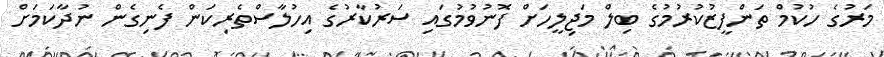
މަރުގެ ހުކުމް ތަންފީޒުކުރުމުގެ ބިލް މަޖިލީހަށް ފޮނުވުމުގައި ސަރުކާރުގެ އިހުލާސްތެރިކަން ފެނިގެން ނުދާކަމަށް